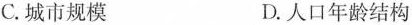
C.城市规模 D.人口年龄结构